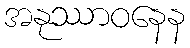
အနုဿာဝနေန